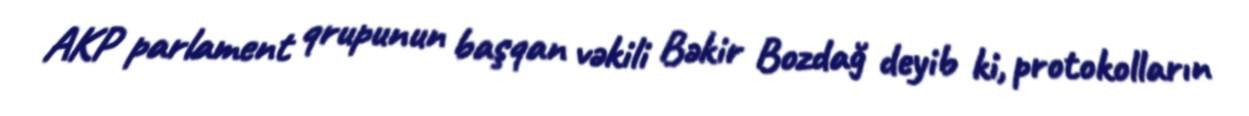
AKP parlament qrupunun başqan vəkili Bəkir Bozdağ deyib ki, protokolların